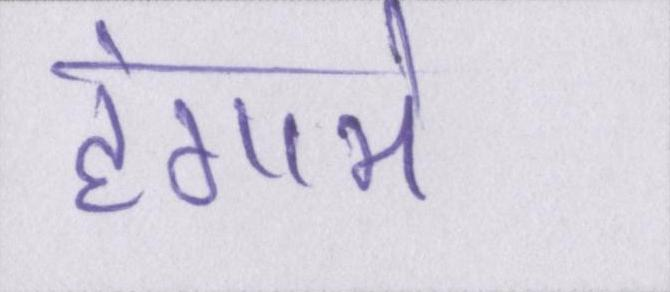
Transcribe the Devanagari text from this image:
हंगामे